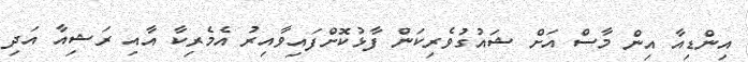
އިންޑިއާ އިން މާސް އަށް ޝައުގުވެރިކަން ފާޅުކޮށްފައިވާއިރު އެމެރިކާ އާއި ރަޝިއާ އަދި